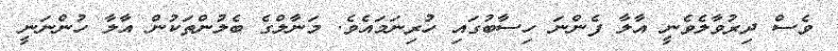
ވެސް ދިރުވާލެވެނީ އާލާ ފެންނަ ހިސާބުގައި ހުރިނަމައެވެ. މަނާލްގެ ބެލުންތަކުން އާލާ ހުންނަނީ